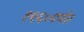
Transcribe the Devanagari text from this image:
१९६०पर्यंत